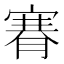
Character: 𦞫